Civil Veterinary Department. United Provinces 1923-31 - 1923-1931
Year: 1923
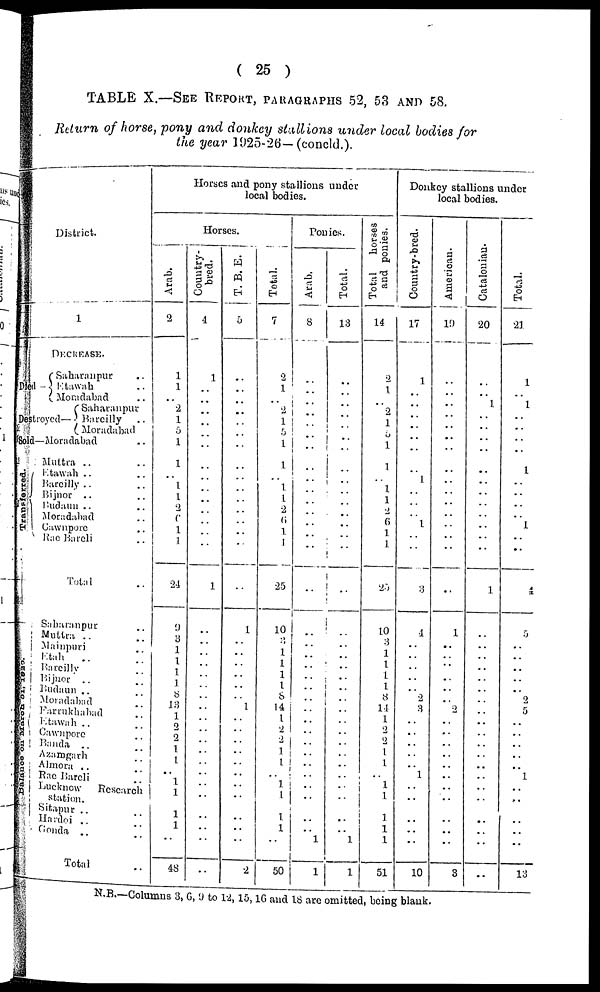
( 25 )
TABLE X.—SEE REPORT, PARAGRAPHS 52, 53 AND 58.
Return of horse, pony and donkey stallions under local bodies for
the year 1925-26—(concld.).
District.
1
Died-
Destroyed—
Sold—
Transferred.
DECREASE.
Saharanpur ..
Etawah ..
Moradabad ..
Saharanpur
Bareilly ..
Moradabad
Moradabad ..
Muttra .. ..
Etawah .. ..
Bareilly .. ..
Bijnor
.. ..
Budaun .. ..
Moradabad ..
Cawnpore ..
Rae Bareli ..
Total ..
Balance
on March 31, 1920.
Saharanpur ..
Muttra .. ..
Etah .. ..
Bareilly ..
Bijnor
..
Budaun ..
Moradabad
Farrukhabad ..
Ktawah .. ..
Cawnpore .. ..
Banda .. ..
Azamgarh ..
Almora ..
Rae
Bareli
..
Lucknow
Research
station.
Sitapur ..
Hardoi .. ..
Gonda .. ..
Total
Horses and pony stallions under
local bodies.
Horses.
Arab.
2
1
1
. .
2
1
0
1
1
..
1
1
2
1
1
24
9
3
1
1
1
8
13 1
2
2
1
1
.. 1
1
1
1
..
48
Country-
bred.
4
1
..
..
..
..
..
..
..
..
..
....
..
..
..
..
1
..
..
..
..
..
..
..
..
..
..
..
..
..
..
..
..
..
..
..
T. B. E.
5
..
..
..
..
..
..
..
..
..
..
..
..
..
..
..
..
1
..
..
..
..
..
..
1
..
..
..
..
..
..
..
..
..
2
Total.
7
2
1
2
1
1
1
1
1
2
6
1
1
25
10
3
1
1
1
1
8
14
1
2
2 1
1
..
1
1 1
..
50
Ponies.
Arab.
8
..
..
..
..
..
..
..
..
..
..
..
..
..
..
..
..
..
..
..
..
..
..
..
..
..
..
..
..
..
..
..
..
..
1
1
Total.
13
..
..
..
..
..
..
..
..
..
..
..
..
..
..
..
..
..
..
..
..
..
..
..
..
..
..
..
..
..
..
..
..
..
1
1
Total
horses
and ponies.
14
2
1
..
2
1
5
1
1
..
1
1
2
6
1
1
25
10
3
1
1
1
1
8
14
1
2
2 1
1
1
..
1
1
1
51
Donkey stallions under
local bodies.
Country-bred.
17
1
..
..
..
..
..
..
..
1
..
..
.. 1
..
..
3
4
..
..
..
..
..
2
3
..
..
..
..
1 ..
..
..
..
..
10
American.
19
..
..
..
..
..
..
..
..
..
..
..
..
..
..
..
..
1
..
..
..
..
..
..
2
..
..
..
..
..
..
..
..
..
..
3
Catalonian.
20
..
..
..
1
..
..
..
..
..
..
..
..
..
..
..
1
..
..
..
..
..
..
..
..
..
..
..
..
..
..
..
..
..
..
..
Total.
21
1
..
1
..
..
..
..
1
..
..
..
..
..
1
..
4
5
..
..
..
..
..
2
5
..
..
..
..
..
1
..
..
..
..
13
N.B.—Columns 3, 6, 9 to 12,15,16 and 18 are omitted, being blank.